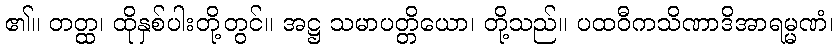
၏။ တတ္ထ၊ ထိုနှစ်ပါးတို့တွင်။ အဋ္ဌ သမာပတ္တိယော၊ တို့သည်။ ပထဝီကသိဏာဒိအာရမ္မဏံ၊